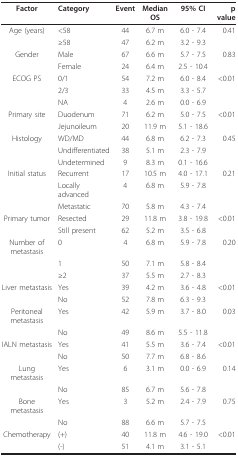
<table><thead><tr><td><b>Factor</b></td><td><b>Category</b></td><td><b>Event</b></td><td><b>Median OS</b></td><td><b>95% CI</b></td><td><b>p value</b></td></tr></thead><tbody><tr><td>Age (years)</td><td>&lt;58</td><td>44</td><td>6.7 m</td><td>6.0 - 7.4</td><td>0.41</td></tr><tr><td></td><td>≥58</td><td>47</td><td>6.2 m</td><td>3.2 - 9.3</td><td></td></tr><tr><td>Gender</td><td>Male</td><td>67</td><td>6.6 m</td><td>5.7 - 7.5</td><td>0.83</td></tr><tr><td></td><td>Female</td><td>24</td><td>6.4 m</td><td>2.5 - 10.4</td><td></td></tr><tr><td>ECOG PS</td><td>0/1</td><td>54</td><td>7.2 m</td><td>6.0 - 8.4</td><td>&lt;0.01</td></tr><tr><td></td><td>2/3</td><td>33</td><td>4.5 m</td><td>3.3 - 5.7</td><td></td></tr><tr><td></td><td>NA</td><td>4</td><td>2.6 m</td><td>0.0 - 6.9</td><td></td></tr><tr><td>Primary site</td><td>Duodenum</td><td>71</td><td>6.2 m</td><td>5.0 - 7.5</td><td>&lt;0.01</td></tr><tr><td></td><td>Jejunoileum</td><td>20</td><td>11.9 m</td><td>5.1 - 18.6</td><td></td></tr><tr><td>Histology</td><td>WD/MD</td><td>44</td><td>6.8 m</td><td>6.2 - 7.3</td><td>0.45</td></tr><tr><td></td><td>Undifferentiated</td><td>38</td><td>5.1 m</td><td>2.3 - 7.9</td><td></td></tr><tr><td></td><td>Undetermined</td><td>9</td><td>8.3 m</td><td>0.1 - 16.6</td><td></td></tr><tr><td>Initial status</td><td>Recurrent</td><td>17</td><td>10.5 m</td><td>4.0 - 17.1</td><td>0.21</td></tr><tr><td></td><td>Locally advanced</td><td>4</td><td>6.8 m</td><td>5.9 - 7.8</td><td></td></tr><tr><td></td><td>Metastatic</td><td>70</td><td>5.8 m</td><td>4.3 - 7.4</td><td></td></tr><tr><td>Primary tumor</td><td>Resected</td><td>29</td><td>11.8 m</td><td>3.8 - 19.8</td><td>&lt;0.01</td></tr><tr><td></td><td>Still present</td><td>62</td><td>5.2 m</td><td>3.5 - 6.8</td><td></td></tr><tr><td>Number of metastasis</td><td>0</td><td>4</td><td>6.8 m</td><td>5.9 - 7.8</td><td>0.20</td></tr><tr><td></td><td>1</td><td>50</td><td>7.1 m</td><td>5.8 - 8.4</td><td></td></tr><tr><td></td><td>≥2</td><td>37</td><td>5.5 m</td><td>2.7 - 8.3</td><td></td></tr><tr><td>Liver metastasis</td><td>Yes</td><td>39</td><td>4.2 m</td><td>3.6 - 4.8</td><td>&lt;0.01</td></tr><tr><td></td><td>No</td><td>52</td><td>7.8 m</td><td>6.3 - 9.3</td><td></td></tr><tr><td>Peritoneal metastasis</td><td>Yes</td><td>42</td><td>5.9 m</td><td>3.7 - 8.0</td><td>0.03</td></tr><tr><td></td><td>No</td><td>49</td><td>8.6 m</td><td>5.5 - 11.8</td><td></td></tr><tr><td>IALN metastasis</td><td>Yes</td><td>41</td><td>5.5 m</td><td>3.6 - 7.4</td><td>&lt;0.01</td></tr><tr><td></td><td>No</td><td>50</td><td>7.7 m</td><td>6.8 - 8.6</td><td></td></tr><tr><td>Lung metastasis</td><td>Yes</td><td>6</td><td>3.1 m</td><td>0.0 - 6.9</td><td>0.14</td></tr><tr><td></td><td>No</td><td>85</td><td>6.7 m</td><td>5.6 - 7.8</td><td></td></tr><tr><td>Bone metastasis</td><td>Yes</td><td>3</td><td>5.2 m</td><td>2.4 - 7.9</td><td>0.75</td></tr><tr><td></td><td>No</td><td>88</td><td>6.6 m</td><td>5.7 - 7.5</td><td></td></tr><tr><td>Chemotherapy</td><td>(+)</td><td>40</td><td>11.8 m</td><td>4.6 - 19.0</td><td>&lt;0.01</td></tr><tr><td></td><td>(-)</td><td>51</td><td>4.1 m</td><td>3.1 - 5.1</td><td></td></tr></tbody></table>